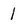
Character: 1